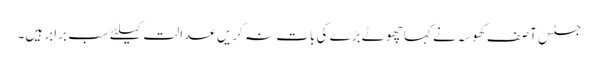
جسٹس آصف کھوسہ نے کہا چھوٹے بڑے کی بات نہ کریں عدالت کیلئے سب برابر ہیں۔